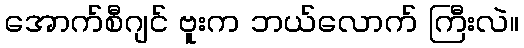
အောက်စီဂျင် ဗူးက ဘယ်လောက် ကြီးလဲ။